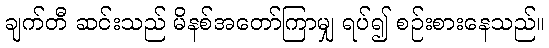
ချက်တီ ဆင်းသည် မိနစ်အတော်ကြာမျှ ရပ်၍ စဉ်းစားနေသည်။